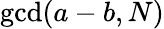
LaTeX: \operatorname*{gcd}(a-b,N)